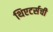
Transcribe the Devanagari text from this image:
थिएटर्सची